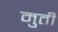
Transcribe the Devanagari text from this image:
मुतीं